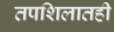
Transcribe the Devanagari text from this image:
तपशिलातही